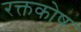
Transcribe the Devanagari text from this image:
रक्तकोष